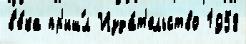
в'е́ка пр'иш́л Изда́т'ельство 1958